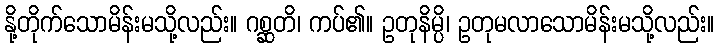
နို့တိုက်သောမိန်းမသို့လည်း။ ဂစ္ဆတိ၊ ကပ်၏။ ဥတုနိမ္ပိ၊ ဥတုမလာသောမိန်းမသို့လည်း။